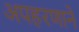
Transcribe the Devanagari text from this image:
अपहरणाने